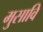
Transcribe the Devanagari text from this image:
मुसावि